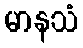
မာနသံ